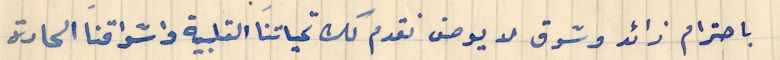
باحترام زائد وشوق لا يوصف نقدم لك تحياتنا القلبية واشواقنا الحارة